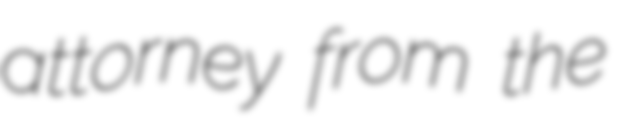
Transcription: attorney from the